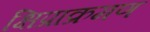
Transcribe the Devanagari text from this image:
क्षिप्राक्रमण